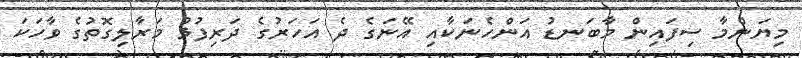
މިޔަންމާ ސިފައިން މާބަނޑު އަންހެނަކާއި އޭނަގެ ދެ އަހަރުގެ ދަރިފުޅު މަރާލިގޮތުގެ ވާހަކަ